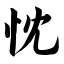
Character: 忱